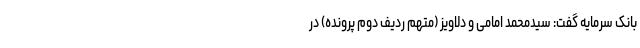
بانک سرمایه گفت: سیدمحمد امامی و دلاویز (متهم ردیف دوم پرونده) در